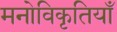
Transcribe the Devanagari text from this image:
मनोविकृतियाँ